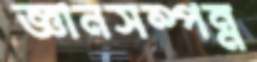
জ্ঞানসম্পন্ন